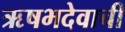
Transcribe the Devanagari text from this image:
ऋषभदेवाची